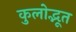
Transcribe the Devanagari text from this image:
कुलोद्भूत